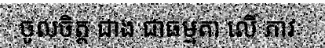
ចូលចិត្ត ជាង ជាធម្មតា លើ ភាវៈ